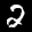
Label: 2